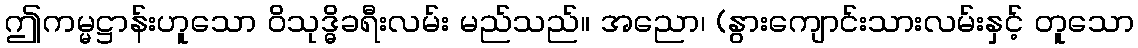
ဤကမ္မဋ္ဌာန်းဟူသော ဝိသုဒ္ဓိခရီးလမ်း မည်သည်။ အညော၊ (နွားကျောင်းသားလမ်းနှင့် တူသော